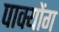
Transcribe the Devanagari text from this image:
पाक्योंग